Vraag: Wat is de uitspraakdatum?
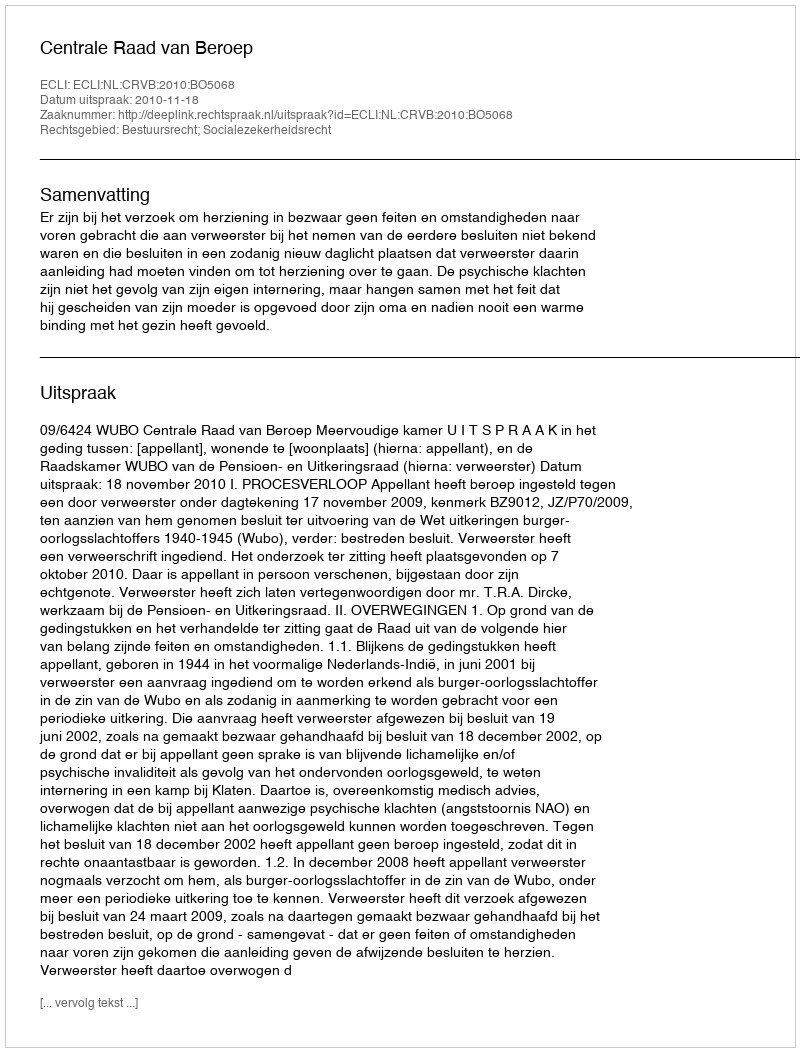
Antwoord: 2010-11-18